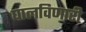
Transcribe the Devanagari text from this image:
घालविणारी